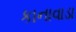
કાનાવાડા